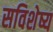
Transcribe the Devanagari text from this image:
सविशेष्य